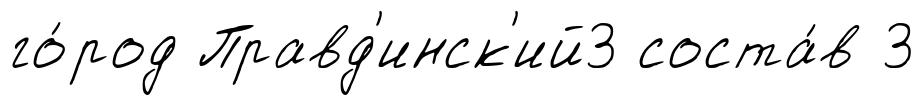
го́род Правд'инск'ий3 соста́в 3